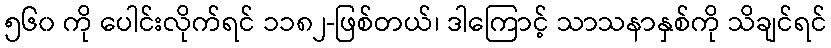
၅၆၀ ကို ပေါင်းလိုက်ရင် ၁၁၈၂-ဖြစ်တယ်၊ ဒါကြောင့် သာသနာနှစ်ကို သိချင်ရင်